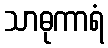
သာဓုကာရံ